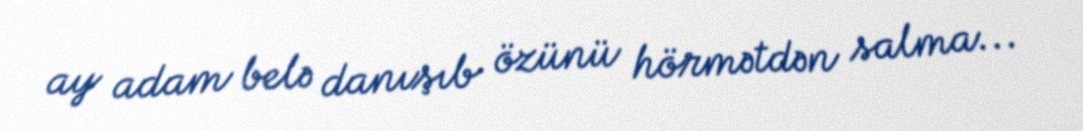
ay adam belə danışıb özünü hörmətdən salma...